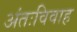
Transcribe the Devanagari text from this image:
अंतःविवाह